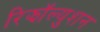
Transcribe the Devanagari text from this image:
रिझॉल्युशन